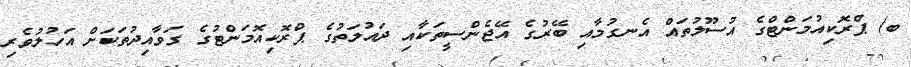
ބ) ޕްރޮކިއުމަންޓްގެ އުސޫލުތައް އެނގުމާއި ބޭރުގެ އޭޖެންސީތަކާއި ދައުލަތުގެ ޕްރޮކިއޮމަންޓުގެ ގަވާއިދުތަކަށް އަހުލުވެރި